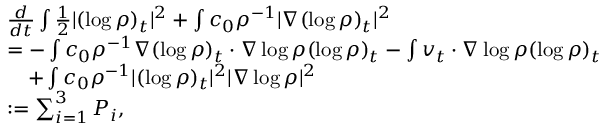
\begin{array} { r l } & { \frac { d } { d t } \int \frac { 1 } { 2 } | ( \log \rho ) _ { t } | ^ { 2 } + \int c _ { 0 } \rho ^ { - 1 } | \nabla ( \log \rho ) _ { t } | ^ { 2 } } \\ & { = - \int c _ { 0 } \rho ^ { - 1 } \nabla ( \log \rho ) _ { t } \cdot \nabla \log \rho ( \log \rho ) _ { t } - \int v _ { t } \cdot \nabla \log \rho ( \log \rho ) _ { t } } \\ & { \quad + \int c _ { 0 } \rho ^ { - 1 } | ( \log \rho ) _ { t } | ^ { 2 } | \nabla \log \rho | ^ { 2 } } \\ & { : = \sum _ { i = 1 } ^ { 3 } P _ { i } , } \end{array}